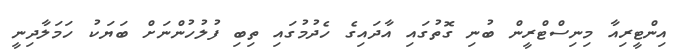
އިންޓީރިއާ މިނިސްޓްރީން ބުނި ގޮތުގައި އާދައިގެ ހެދުމުގައި ތިބި ފުލުހުންނަށް ބަޔަކު ހަމަލާދިނީ